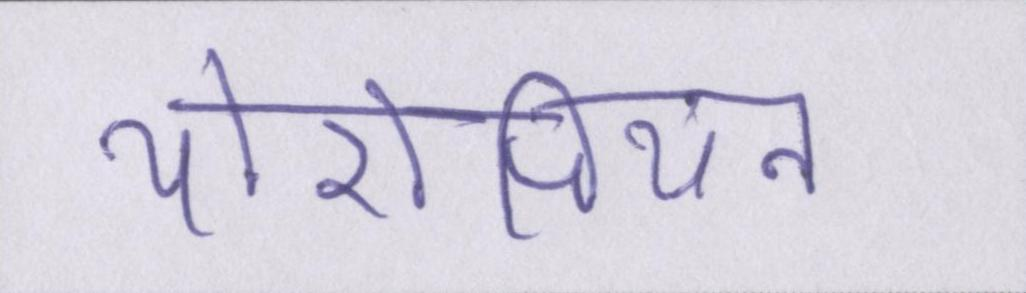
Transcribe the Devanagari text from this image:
योरोपियन